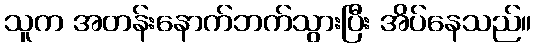
သူက အတန်းနောက်ဘက်သွားပြီး အိပ်နေသည်။